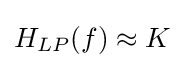
H_{LP}(f)\approx K